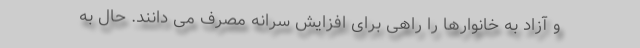
و آزاد به خانوارها را راهی برای افزایش سرانه مصرف می دانند. حال به